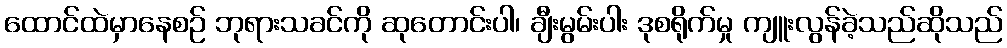
ထောင်ထဲမှာနေစဉ် ဘုရားသခင်ကို ဆုတောင်းပါ၊ ချီးမွမ်းပါး ဒုစရိုက်မှု ကျူးလွန်ခဲ့သည်ဆိုသည်